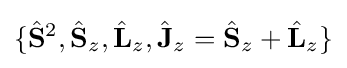
\{{\hat {\mathbf {S} }}^{2},{\hat {\mathbf {S} }}_{z},{\hat {\mathbf {L} }}_{z},{\hat {\mathbf {J} }}_{z}={\hat {\mathbf {S} }}_{z}+{\hat {\mathbf {L} }}_{z}\}